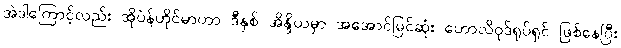
အဲဒါကြောင့်လည်း အိုပဲန်ဟိုင်မာဟာ ဒီနှစ် အိန္ဒိယမှာ အအောင်မြင်ဆုံး ဟောလိဝုဒ်ရုပ်ရှင် ဖြစ်နေပြီး